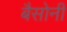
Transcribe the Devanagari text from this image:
बैसोनी